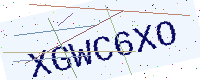
Text: XGWC6XO